Civil Veterinary Department. United Provinces 1912-22 - 1912-1922
Year: 1912
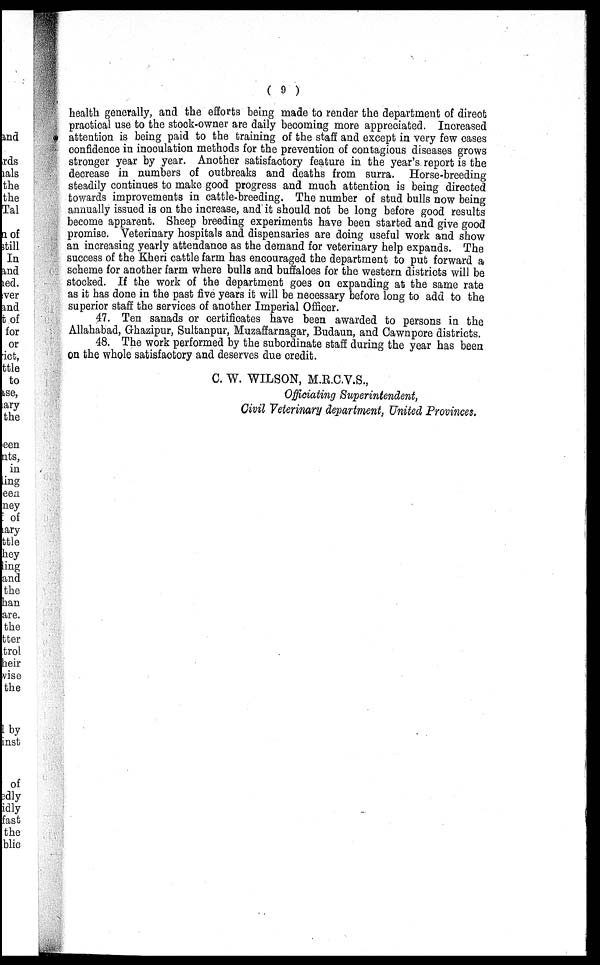
( 9 )
health generally, and the efforts being made to render the department of direct
practical use to the stock-owner are daily becoming more appreciated. Increased
attention is being paid to the training of the staff and except in very few cases
confidence in inoculation methods for the prevention of contagious diseases grows
stronger year by year. Another satisfactory feature in the year's report is the
decrease in numbers of outbreaks and deaths from surra. Horse-breeding
steadily continues to make good progress and much attention is being directed
towards improvements in cattle-breeding. The number of stud bulls now being
annually issued is on the increase, and it should not be long before good results
become apparent. Sheep breeding experiments have been started and give good
promise. Veterinary hospitals and dispensaries are doing useful work and show
an increasing yearly attendance as the demand for veterinary help expands. The
success of the Kheri cattle farm has encouraged the department to put forward a
scheme for another farm where bulls and buffaloes for the western districts will be
stocked. If the work of the department goes on expanding at the same rate
as it has done in the past five years it will be necessary before long to add to the
superior staff the services of another Imperial Officer.
47. Ten sanads or certificates have been awarded to persons in the
Allahabad, Ghazipur, Sultanpur, Muzaffarnagar, Budaun, and Cawnpore districts.
48. The work performed by the subordinate staff during the year has been
on the whole satisfactory and deserves due credit.
C. W. WILSON, M.R.C.V.S.,
Officiating Superintendent,
Civil Veterinary department, United Provinces.